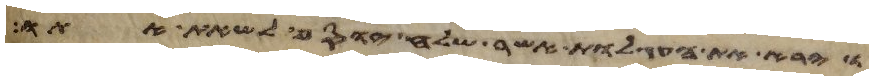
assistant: וירא את העגלות אשר שלח יוסף לשאת אתו